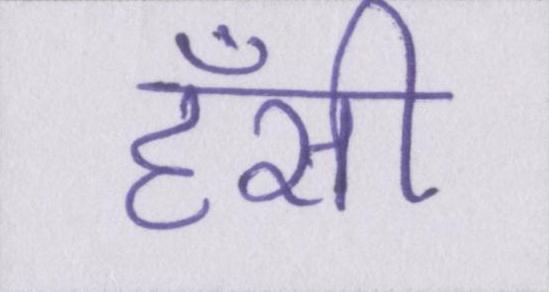
हँसी